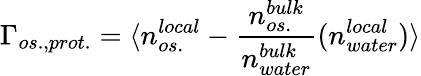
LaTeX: \Gamma_{os.,prot.}=\langle n_{os.}^{local}-\frac{n_{os.}^{bulk}}{n_{water}^{bulk}}(n_{water}^{local})\rangle